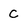
Character: C